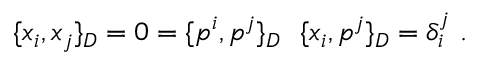
\{ x _ { i } , x _ { j } \} _ { D } = 0 = \{ p ^ { i } , p ^ { j } \} _ { D } \, \, \, \, \{ x _ { i } , p ^ { j } \} _ { D } = \delta _ { i } ^ { j } \, \, .